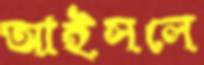
আইসলে